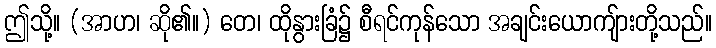
ဤသို့။ (အာဟ၊ ဆို၏။) တေ၊ ထိုနွားခြံ၌ စီရင်ကုန်သော အချင်းယောကျ်ားတို့သည်။